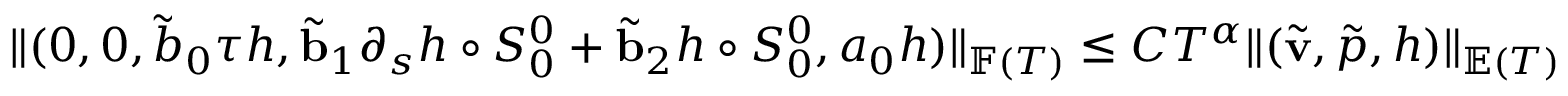
\begin{array} { r } { \| ( 0 , 0 , \tilde { b } _ { 0 } { \boldsymbol { \tau } } h , \tilde { \mathbf { b } } _ { 1 } \partial _ { s } h \circ S _ { 0 } ^ { 0 } + \tilde { \mathbf { b } } _ { 2 } h \circ S _ { 0 } ^ { 0 } , a _ { 0 } h ) \| _ { \mathbb { F } ( T ) } \leq C T ^ { \alpha } \| ( \tilde { \mathbf { v } } , \tilde { p } , h ) \| _ { \mathbb { E } ( T ) } } \end{array}